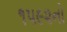
૧૫૯૨નો